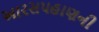
આરસપહાણની